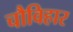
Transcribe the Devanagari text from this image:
चौविहार